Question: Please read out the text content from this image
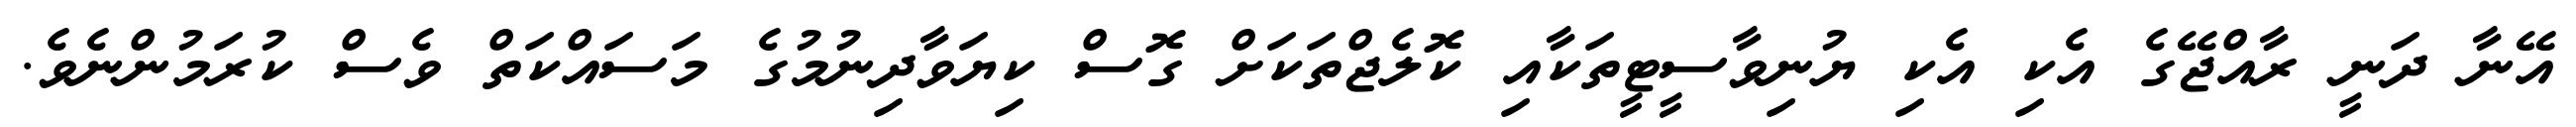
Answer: އޭނާ ދަނީ ރާއްޖޭގެ އެކި އެކި ޔުނިވާސީޓީތަކާއި ކޮލެޖްތަކަށް ގޮސް ކިޔަވާދިނުމުގެ މަސައްކަތް ވެސް ކުރަމުންނެވެ.